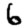
Digit: 6